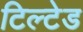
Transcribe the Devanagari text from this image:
टिल्‍टेड